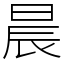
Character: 晨